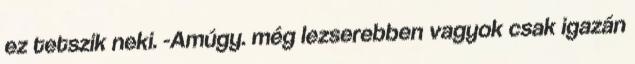
ez tetszik neki. -Amúgy. még lezserebben vagyok csak igazán